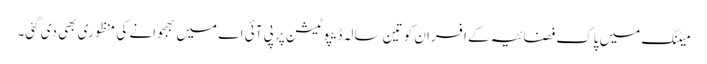
میٹنگ میں پاک فضائیہ کے افسران کو تین سالہ ڈیپوٹیشن پر پی آئی اے میں بھجوانے کی منظوری بھی دی گئی۔